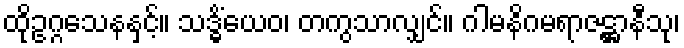
ထိုဥဂ္ဂသေနနှင့်။ သဒ္ဓိံယေဝ၊ တကွသာလျှင်။ ဂါမနိဂမရာဇဋ္ဌာနီသု၊